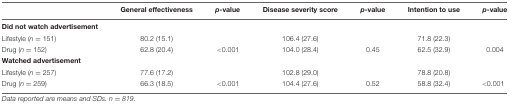
<table><thead><tr><td></td><td><b>General effectiveness</b></td><td><b><i>p</i>-value</b></td><td><b>Disease severity score</b></td><td><b><i>p</i>-value</b></td><td><b>Intention to use</b></td><td><b><i>p</i>-value</b></td></tr></thead><tbody><tr><td><b>Did not watch advertisement</b></td><td></td><td></td><td></td><td></td><td></td><td></td></tr><tr><td>Lifestyle (<i>n</i> = 151)</td><td>80.2 (15.1)</td><td></td><td>106.4 (27.6)</td><td></td><td>71.8 (22.3)</td><td></td></tr><tr><td>Drug (<i>n</i> = 152)</td><td>62.8 (20.4)</td><td>&lt;0.001</td><td>104.0 (28.4)</td><td>0.45</td><td>62.5 (32.9)</td><td>0.004</td></tr><tr><td><b>Watched advertisement</b></td><td></td><td></td><td></td><td></td><td></td><td></td></tr><tr><td>Lifestyle (<i>n</i> = 257)</td><td>77.6 (17.2)</td><td></td><td>102.8 (29.0)</td><td></td><td>78.8 (20.8)</td><td></td></tr><tr><td>Drug (<i>n</i> = 259)</td><td>66.3 (18.5)</td><td>&lt;0.001</td><td>104.4 (27.6)</td><td>0.52</td><td>58.8 (32.4)</td><td>&lt;0.001</td></tr></tbody></table>